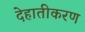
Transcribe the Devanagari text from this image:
देहातीकरण